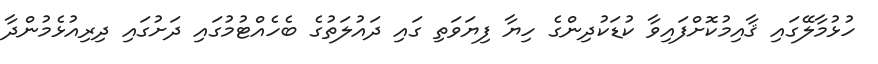
ހުޅުމާލޭގައި ޤާއިމުކޮށްފައިވާ ކުޑަކުދިންގެ ހިޔާ ފިޔަވަތި ގައި ދައުލަތުގެ ބެހެއްޓުމުގައި ދަށުގައި ދިރިއުޅެމުންދާ